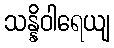
သန္နိဝါရေယျ